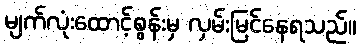
မျက်လုံးထောင့်စွန်းမှ လှမ်းမြင်နေရသည်။